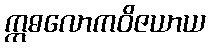
ဣဓလောကဝိဇယာယ